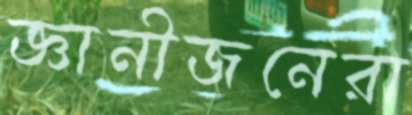
জ্ঞানীজনেরা